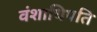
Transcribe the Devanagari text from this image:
वंशाधिपति